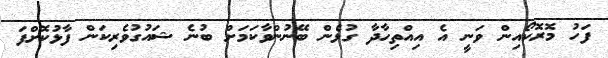
ފަހު މޮރޮކޯއިން ވަނީ އެ އިއްތިހާދާ ގުޅެން ބޭނުންވާކަމަށް ބުނެ ޝައުގުވެރިކަން ފާޅުކޮށްފަ